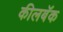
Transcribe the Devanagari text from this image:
कीलबॅक